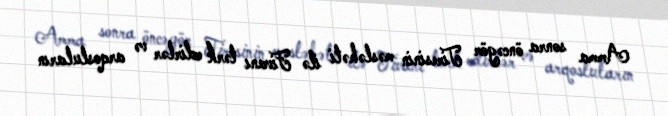
Amma sonra öncəgör Tiresinin məsləhəti ilə Fivanı tərk edirlər və arqosluların